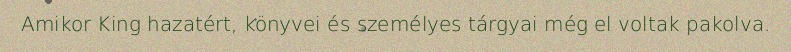
Amikor King hazatért, könyvei és személyes tárgyai még el voltak pakolva.